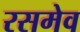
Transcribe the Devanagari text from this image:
रसमेव